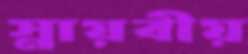
স্নায়বীয়